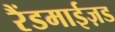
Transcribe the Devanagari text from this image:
रैंडमाईज़ड